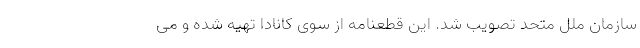
سازمان ملل متحد تصویب شد. این قطعنامه از سوی کانادا تهیه شده و می